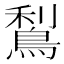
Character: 𪁐